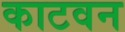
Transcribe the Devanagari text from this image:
काटवन